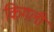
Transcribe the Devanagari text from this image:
किगली